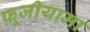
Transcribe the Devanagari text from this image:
फ़ूजीयामा